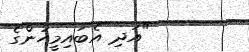
"އަދި އެބައިމީހުންގެ